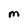
Character: M